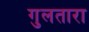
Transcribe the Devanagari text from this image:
गुलतारा